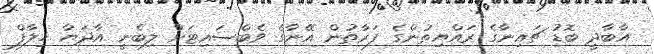
އާބާދީ ބޮޑު ޗައިނާގެ ރައްޔިތުންގެ ފަރާތުން އޭނާގެ ވެބްސައިޓަށް ލިބެނީ އާދަޔާ ޚިލާފް